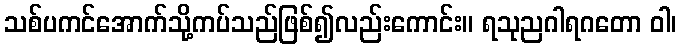
သစ်ပကင်အောက်သို့ကပ်သည်ဖြစ်၍လည်းကောင်း။ ရသုညဂါရဂတော ဝါ၊